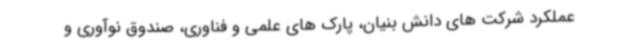
عملکرد شرکت های دانش بنیان، پارک های علمی و فناوری، صندوق نوآوری و